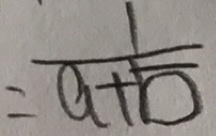
= \frac { 1 } { a + b }